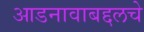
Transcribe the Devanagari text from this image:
आडनावाबद्दलचे